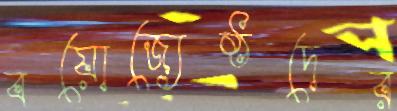
বয়োজ্যেষ্ঠদের